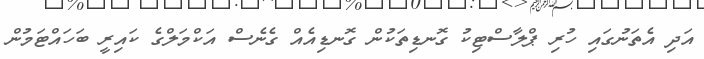
އަދި އެތަނުގައި ހުރި ޕްލާސްޓިކު ގޮނޑިތަކުން ގޮނޑިއެއް ގެނެސް އަކްމަލްގެ ކައިރީ ބަހައްޓަމުން